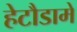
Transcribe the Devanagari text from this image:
हेटौडामे